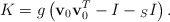
\begin{align*}K=g\left({\bf v}_0{\bf v}_0^T-I-{}_SI\right).\end{align*}